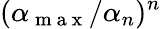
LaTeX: (\alpha_{\mathrm{~m~a~x~}}/\alpha_{n})^{n}